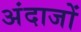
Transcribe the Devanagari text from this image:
अंदाजों